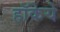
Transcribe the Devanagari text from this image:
हॉकेये